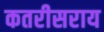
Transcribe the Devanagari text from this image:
कतरीसराय